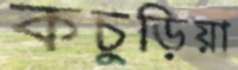
কচুড়িয়া